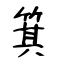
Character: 箕